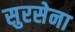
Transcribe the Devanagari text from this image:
सुरसेना